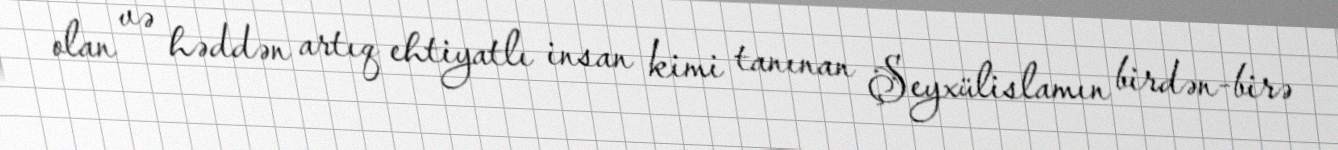
olan və həddən artıq ehtiyatlı insan kimi tanınan Şeyxülislamın birdən-birə